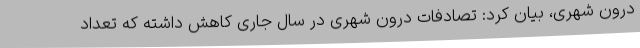
درون شهری، بیان کرد: تصادفات درون شهری در سال جاری کاهش داشته که تعداد